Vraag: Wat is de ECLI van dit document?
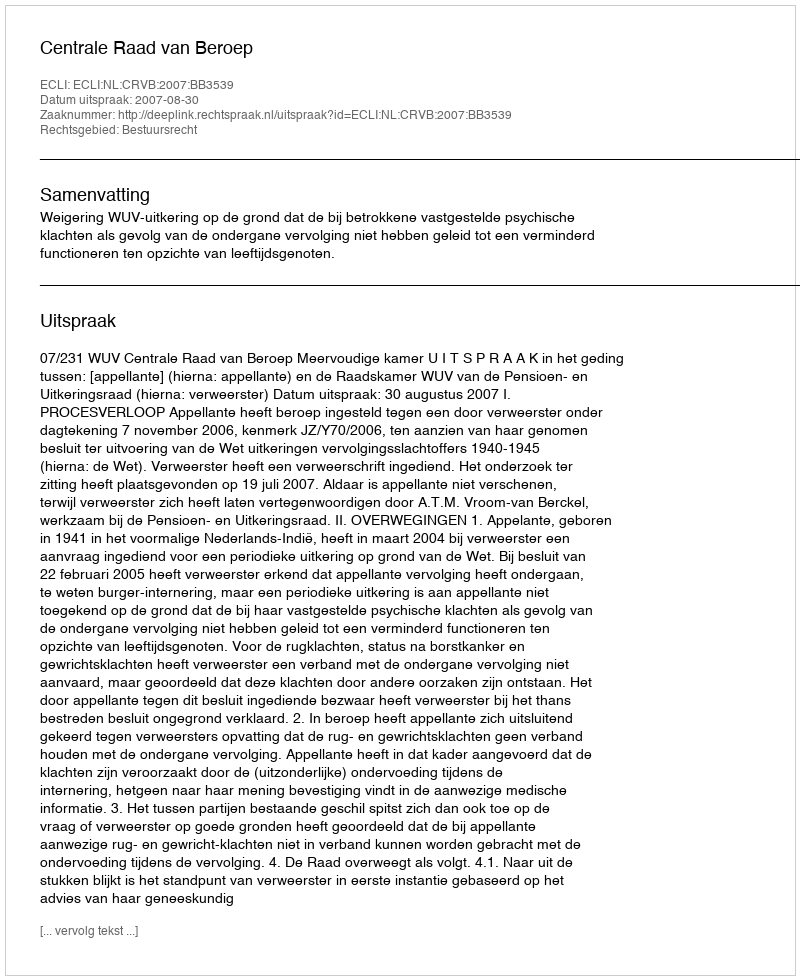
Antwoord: ECLI:NL:CRVB:2007:BB3539